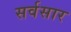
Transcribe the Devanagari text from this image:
सर्वसार